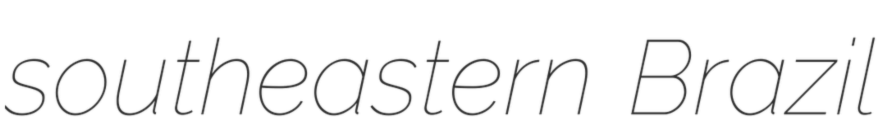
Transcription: southeastern Brazil